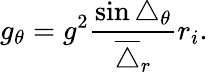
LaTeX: g_{\theta}=g^{2}\frac{\sin\triangle_{\theta}}{\overline{{\triangle}}_{r}}r_{i}.